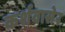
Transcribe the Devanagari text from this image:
कर्शवासेर